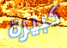
كبيرة